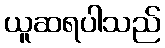
ယူဆရပါသည်